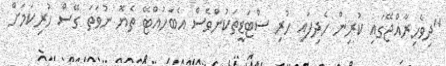
"ދިވެހިރާއްޖޭގައި ކުރިން ހެދިފައި ހުރި ސްޓަޑީތަކުންވެސް އެބަހުއްޓޭ ތެޔޮ ނުވަތަ ގޭސް ހުރިކަމަށް